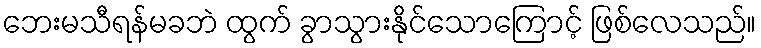
ဘေးမသီရန်မခဘဲ ထွက် ခွာသွားနိုင်သောကြောင့် ဖြစ်လေသည်။